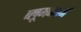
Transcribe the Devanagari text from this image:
ब्लूमनबर्ग